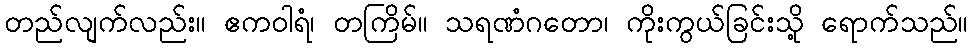
တည်လျက်လည်း။ ဧကဝါရံ၊ တကြိမ်။ သရဏံဂတော၊ ကိုးကွယ်ခြင်းသို့ ရောက်သည်။